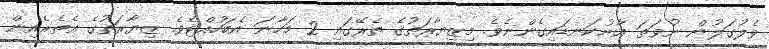
ވެލުގަލުން ނުވަތަ އާނުކަނޑައިގެންނެވެ. މިޒިޔާރަތުގެ ތެރޭގައި 2 މަހާނަ އެބަހުއްޓެވެ. ޒިޔާރަތުގެ އެތެރެއިން